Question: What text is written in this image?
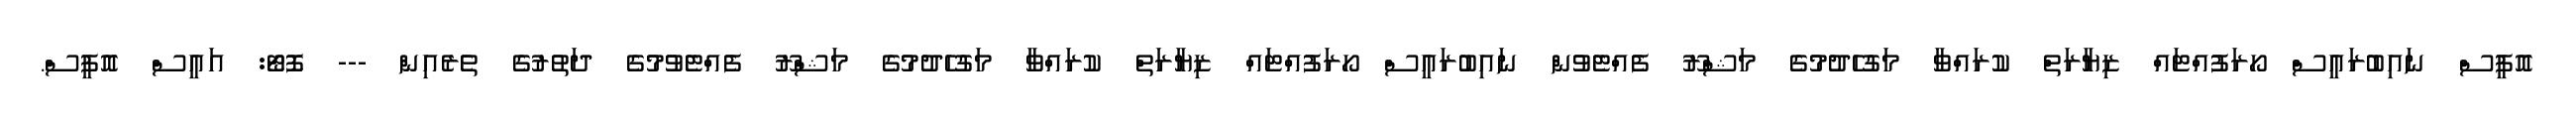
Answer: އޮފީސް ނައިބުރައީސް ހޯރަފުއްޓައް ޒިޔާރަތް ކުރައްވާ މަގުހެދުމުގެ މަޝްރޫ ފެއްޓެވުން ނައިބުރައީސް ހޯރަފުއްޓައް ޒިޔާރަތް ކުރައްވާ މަގުހެދުމުގެ މަޝްރޫ ފެއްޓެވުމުގެ ދަތުރުގެ ތެރެއިން --- ފޮޓޯ: އައީސް އޮފީސް.